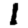
Digit: 1